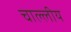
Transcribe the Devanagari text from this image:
चाल्लीय